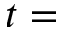
t =